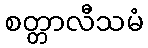
စတ္တာလီသမံ